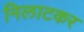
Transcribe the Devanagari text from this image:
निलाटकर